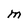
Character: M